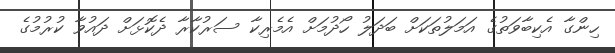
ހިންގާ އެކިބާވަތުގެ އަމަލުތަކަށް ބަދަލު ހޯދުމަށް އެމެރިކާ ސަރުކާރާ ދެކޮޅަށް ދައުވާ ކުރުމުގެ